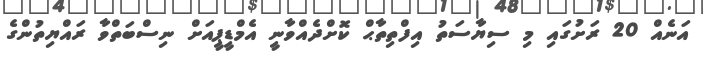
އަނެއް 20 ރަށުގައި މި ސިޔާސަތު އިފްތިތާޙް ކޮށްދެއްވާނީ އެމްޑީޕީއަށް ނިސްބަތްވާ ރައްޔިތުންގެ